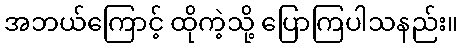
အဘယ်ကြောင့် ထိုကဲ့သို့ ပြောကြပါသနည်း။